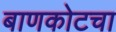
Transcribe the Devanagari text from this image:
बाणकोटचा